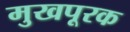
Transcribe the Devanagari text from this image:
मुखपूरक